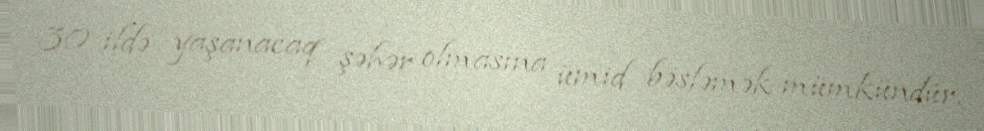
30 ildə yaşanacaq şəhər olmasına ümid bəsləmək mümkündür.